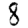
Digit: 8